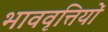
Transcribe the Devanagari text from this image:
भाववृत्तियों